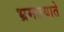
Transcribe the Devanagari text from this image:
भ्रमतयाते